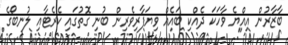
ބާޒާރުން އިއްޔެ ވާހަކަ ދެއްކި ބައެއް ވިޔަފާރިވެރިން ބުނި ގޮތުގައި ކެރެޓާއި ލުނބޯގެ